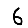
Digit: 6